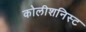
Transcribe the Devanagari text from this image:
कोलीशनिस्ट